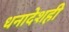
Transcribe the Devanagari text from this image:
धनादेशही